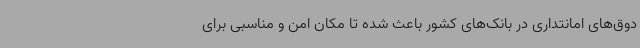
دوق‌های امانتداری در بانک‌های کشور باعث شده تا مکان امن و مناسبی برای